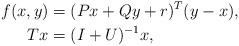
LaTeX: \begin{align*}f(x,y) & = (Px + Qy +r)^T(y - x), \\Tx & = (I + U)^{-1}x,\end{align*}